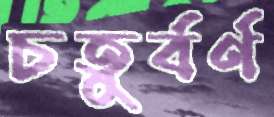
চতুর্বর্ণ